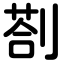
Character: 剳